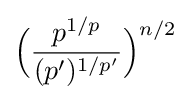
{\Big (}{\frac {p^{1/p}}{(p')^{1/p'}}}{\Big )}^{n/2}